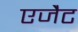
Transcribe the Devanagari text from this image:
एजैेट